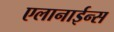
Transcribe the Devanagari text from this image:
एलानाईन्स